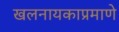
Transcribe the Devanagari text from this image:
खलनायकाप्रमाणे